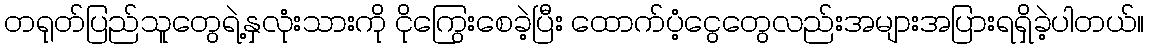
တရုတ်ပြည်သူတွေရဲ့နှလုံးသားကို ငိုကြွေးစေခဲ့ပြီး ထောက်ပံ့ငွေတွေလည်းအများအပြားရရှိခဲ့ပါတယ်။